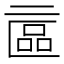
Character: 𠄾